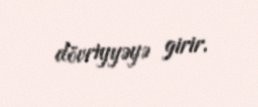
dövriyyəyə girir.